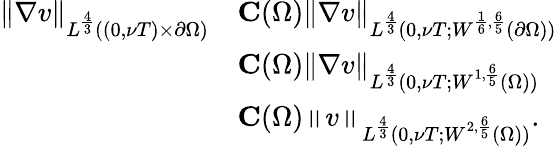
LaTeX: \begin{array}{rl}{\left\lVert\nabla v\right\rVert_{L^{\frac 43}((0,\nu T)\times\partial\Omega)}}&{\le C(\Omega)\left\lVert\nabla v\right\rVert_{L^{\frac 43}(0,\nu T;W^{\frac 16,\frac 65}(\partial\Omega))}}\\ &{\le C(\Omega)\left\lVert\nabla v\right\rVert_{L^{\frac 43}(0,\nu T;W^{1,\frac 65}(\Omega))}}\\ &{\le C(\Omega)\left\lVert v\right\rVert_{L^{\frac 43}(0,\nu T;W^{2,\frac 65}(\Omega))}.}\end{array}